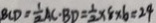
B C D = \frac { 1 } { 2 } A C \cdot B D = \frac { 1 } { 2 } \times 8 \times 6 = 2 4